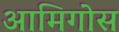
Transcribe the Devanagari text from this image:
आमिगोस